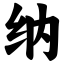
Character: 纳